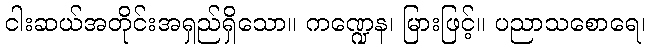
ငါးဆယ်အတိုင်းအရှည်ရှိသော။ ကဏ္ဍေန၊ မြားဖြင့်။ ပညာသစောရေ၊